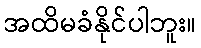
အထိမခံနိုင်ပါဘူး။